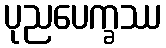
ပုညပေက္ခဿ